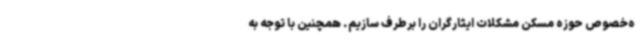
ه‌خصوص حوزه مسکن مشکلات ایثارگران را برطرف سازیم. همچنین با توجه به